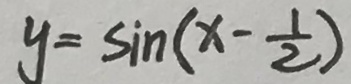
y = \sin ( x - \frac { 1 } { 2 } )